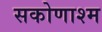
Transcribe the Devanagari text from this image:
सकोणाश्म